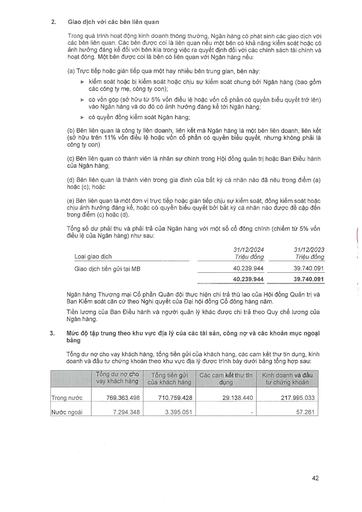
||31/12/2024|31/12/2023| |---|---|---| |Loại giao dịch|Triệu đồng|Triệu đồng| |Giao dịch tiền gửi tại MB|40.239.944|39.740.091| ||40.239.944|39.740.091| ||Tổng dư nợ cho vay khách hàng|Tổng tiền gửi của khách hàng|Các cam kết thu tín dụng|Kinh doanh và đầu tư chứng khoán| |---|---|---|---|---| |Trong nước|769.363.498|710.759.428|29.138.440|217.995.033| |Nước ngoài|7.294.348|3.395.051||57.261|